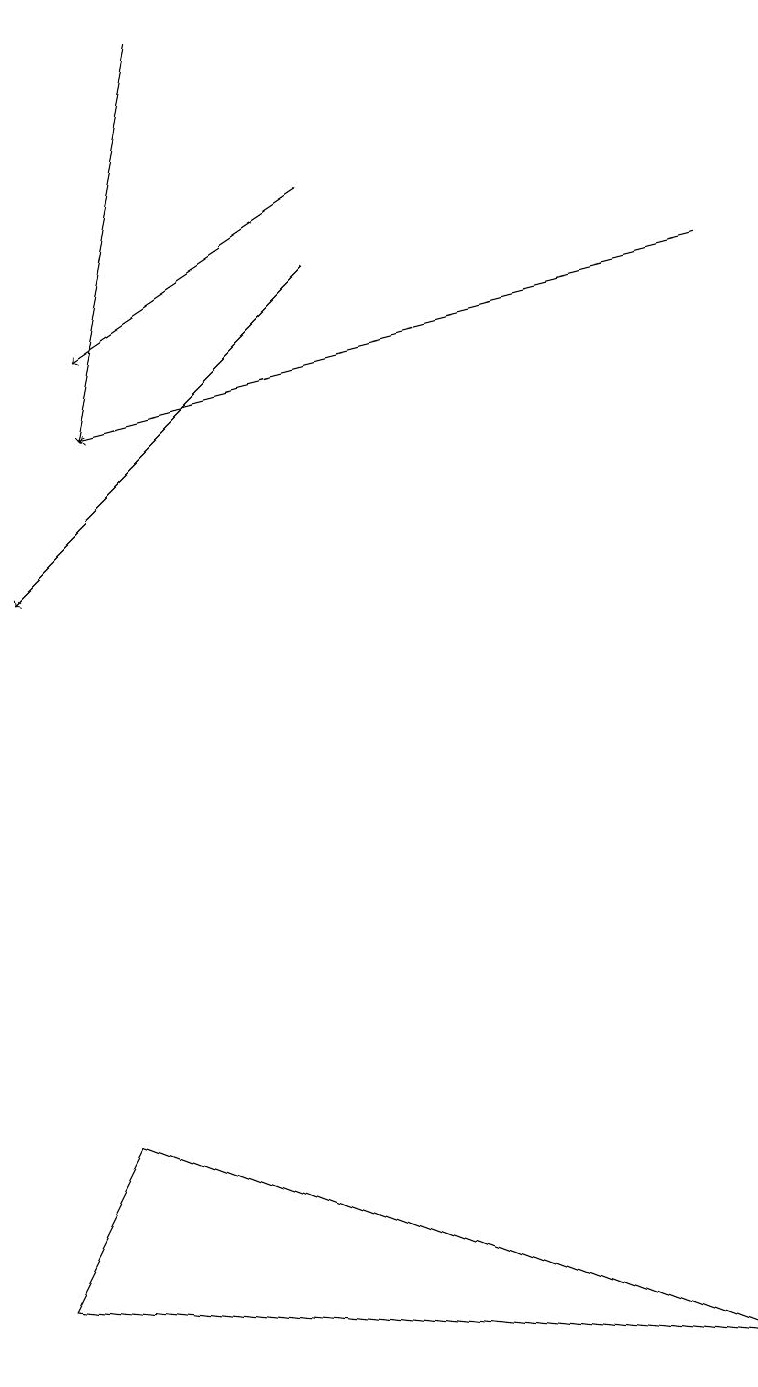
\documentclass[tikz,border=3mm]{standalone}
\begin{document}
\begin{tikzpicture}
\draw (0,1) -- (1,3) -- (9,0) -- cycle;
\draw[->] (4,15) -- (1,13);
\draw[->] (2,17) -- (1,12);
\draw[->] (4,14) -- (0,10);
\draw[->] (9,14) -- (1,12);
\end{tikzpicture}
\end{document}